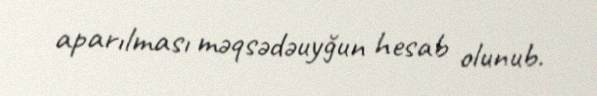
aparılması məqsədəuyğun hesab olunub.